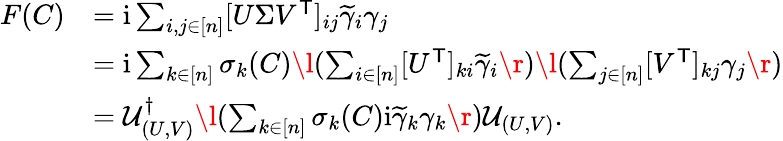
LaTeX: \begin{array}{rl}{F(C)}&{=\mathrm{i}\sum_{i,j\in[n]}[U\Sigma V^{\mathsf{T}}]_{ij}\widetilde{\gamma}_{i}\gamma_{j}}\\ &{=\mathrm{i}\sum_{k\in[n]}\sigma_{k}(C)\l(\sum_{i\in[n]}[U^{\mathsf{T}}]_{ki}\widetilde{\gamma}_{i}\r)\l(\sum_{j\in[n]}[V^{\mathsf{T}}]_{kj}\gamma_{j}\r)}\\ &{={\mathcal{U}}_{(U,V)}^{\dagger}\l(\sum_{k\in[n]}\sigma_{k}(C)\mathrm{i}\widetilde{\gamma}_{k}\gamma_{k}\r){\mathcal{U}}_{(U,V)}.}\end{array}